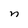
Character: n